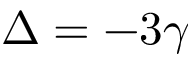
\Delta = - 3 \gamma